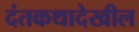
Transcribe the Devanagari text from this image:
दंतकथादेखील